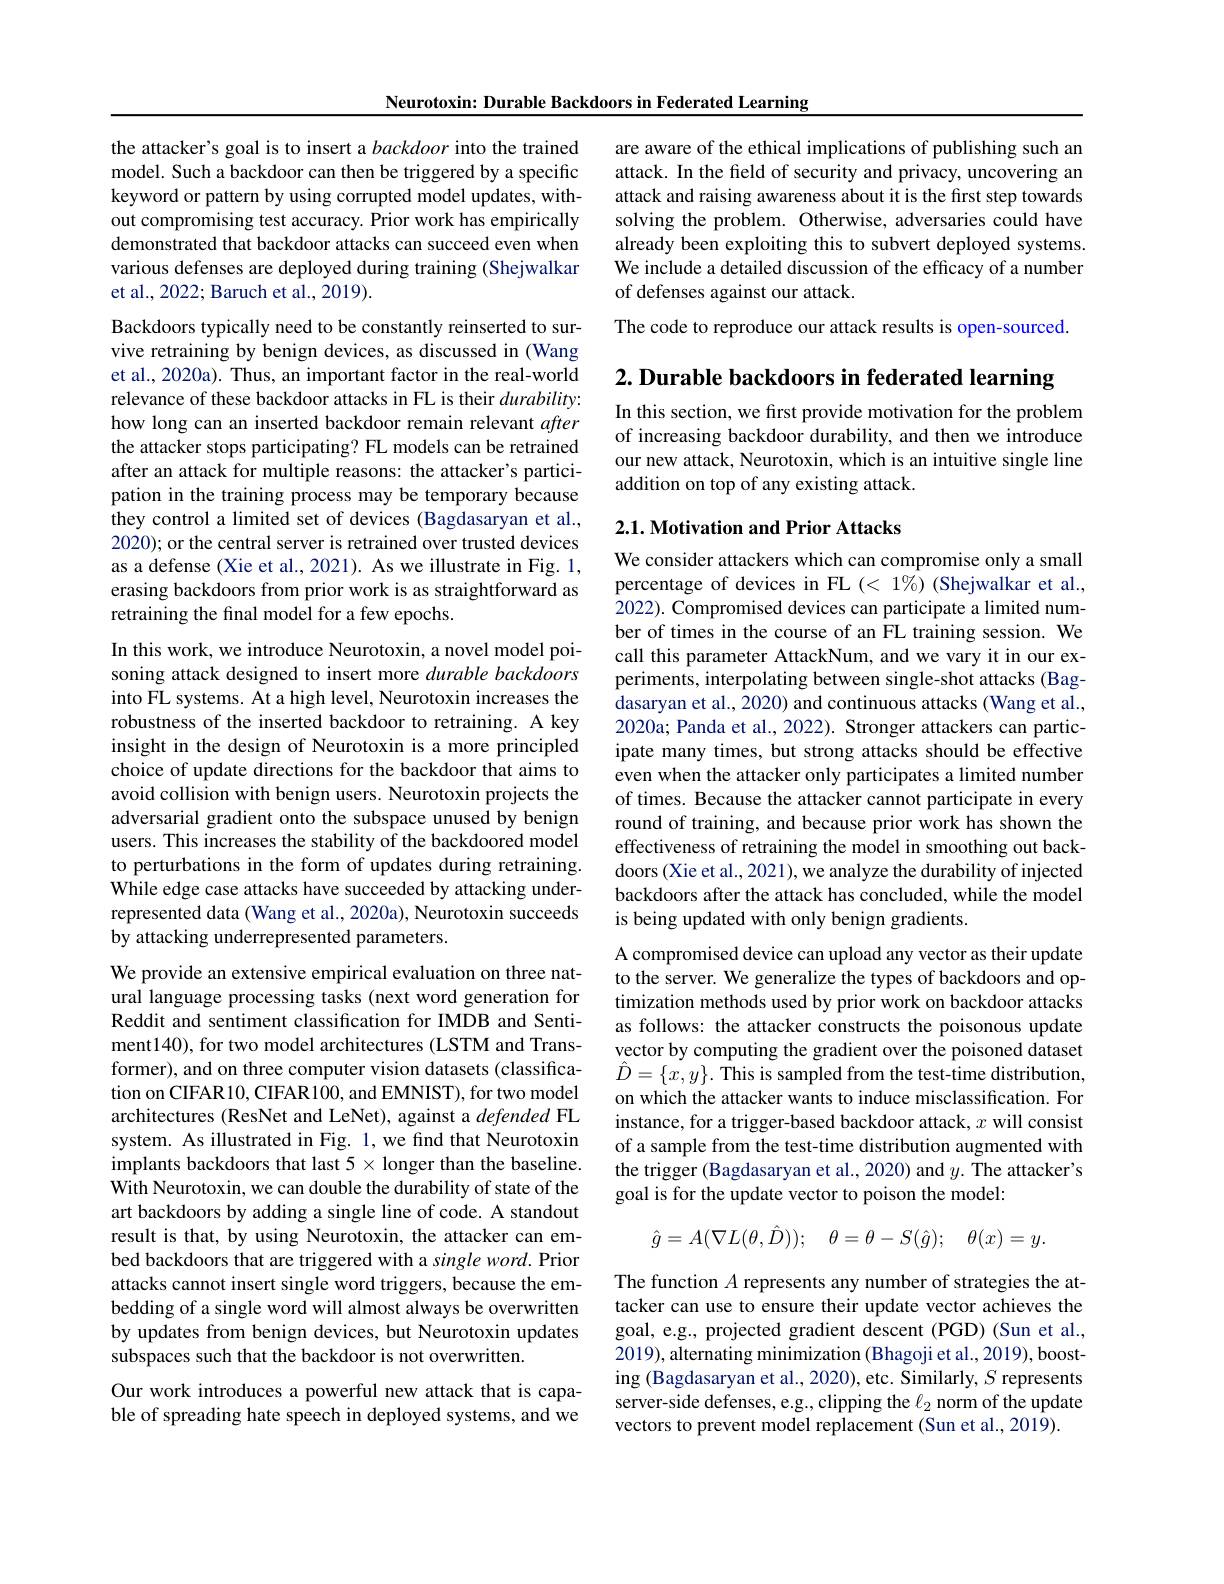
Neurotoxin: Durable Backdoors in Federated Learning

the attacker's goal is to insert a backdoor into the trained model. Such a backdoor can then be triggered by a specific keyword or pattern by using corrupted model updates, without compromising test accuracy. Prior work has empirically demonstrated that backdoor attacks can succeed even when various defenses are deployed during training (Shejwalkar et al., 2022; Baruch et al., 2019).

Backdoors typically need to be constantly reinserted to sur-

vive retraining by benign devices, as discussed in (Wang

et al., 2020a). Thus, an important factor in the real-world relevance of these backdoor attacks in FL is their $durability:$ how long can an inserted backdoor remain relevant after the attacker stops participating? FL models can be retrained after an attack for multiple reasons: the attacker's participation in the training process may be temporary because they control a limited set of devices (Bagdasaryan et al., 2020); or the central server is retrained over trusted devices as a defense (Xie et al., 2021). As we illustrate in Fig. 1, erasing backdoors from prior work is as straightforward as retraining the final model for a few epochs.
In this work, we introduce Neurotoxin, a novel model poisoning attack designed to insert more durable backdoors into FL systems. At a high level, Neurotoxin increases the robustness of the inserted backdoor to retraining. A key insight in the design of Neurotoxin is a more principled choice of update directions for the backdoor that aims to avoid collision with benign users. Neurotoxin projects the adversarial gradient onto the subspace unused by benign users. This increases the stability of the backdoored model to perturbations in the form of updates during retraining. While edge case attacks have succeeded by attacking underrepresented data (Wang et al., 2020a), Neurotoxin succeeds by attacking underrepresented parameters.
We provide an extensive empirical evaluation on three natural language processing tasks (next word generation for Reddit and sentiment classification for IMDB and Sentiment140), for two model architectures (LSTM and Transformer), and on three computer vision datasets (classification on CIFAR 10, CIFAR 100, and EMNIST), for two model architectures (ResNet and LeNet), against a defended FL system. As illustrated in Fig. 1, we find that Neurotoxin implants backdoors that last $5\times$ longer than the baseline. With Neurotoxin, we can double the durability of state of the

art backdoors by adding a single line of code. A standout result is that, by using Neurotoxin, the attacker can embed backdoors that are triggered with a single word. Prior attacks cannot insert single word triggers, because the embedding of a single word will almost always be overwritten by updates from benign devices, but Neurotoxin updates subspaces such that the backdoor is not overwritten.

Our work introduces a powerful new attack that is capable of spreading hate speech in deployed systems, and we

are aware of the ethical implications of publishing such an attack. In the field of security and privacy, uncovering an attack and raising awareness about it is the first step towards solving the problem. Otherwise, adversaries could have already been exploiting this to subvert deployed systems. We include a detailed discussion of the efficacy of a number of defenses against our attack.

The code to reproduce our attack results is open-sourced

$2. \textbf{ Durable backdoors in federated learning}$

In this section, we first provide motivation for the problem of increasing backdoor durability, and then we introduce our new attack, Neurotoxin, which is an intuitive single line addition on top of any existing attack.

## $2. 1. \textbf{Motivation and Prior Attacks}$

We consider attackers which can compromise only a small percentage of devices in FL $(<1\%)$ (Shejwalkar et al., 2022). Compromised devices can participate a limited number of times in the course of an FL training session. We call this parameter AttackNum, and we vary it in our experiments, interpolating between single-shot attacks (Bagdasaryan et al., 2020) and continuous attacks (Wang et al., 2020a; Panda et al., 2022). Stronger attackers can participate many times, but strong attacks should be effective even when the attacker only participates a limited number of times. Because the attacker cannot participate in every round of training, and because prior work has shown the effectiveness of retraining the model in smoothing out backdoors (Xie et al., 2021), we analyze the durability of injected backdoors after the attack has concluded, while the model is being updated with only benign gradients.

A compromised device can upload any vector as their update to the server. We generalize the types of backdoors and optimization methods used by prior work on backdoor attacks as follows: the attacker constructs the poisonous update vector by computing the gradient over the poisoned dataset $\hat{D}=\{x,y\}.$ This is sampled from the test-time distribution, on which the attacker wants to induce misclassification. For instance, for a trigger-based backdoor attack, $x$ will consist of a sample from the test-time distribution augmented with the trigger (Bagdasaryan et al.,2020) and $y.$ The attacker's goal is for the update vector to poison the model:
$$\hat{g}=A(\nabla L(\theta,\hat{D}));\quad\theta=\theta-S(\hat{g});\quad\theta(x)=y.$$
The function $A$ represents any number of strategies the attacker can use to ensure their update vector achieves the goal, e.g., projected gradient descent (PGD) (Sun et al., 2019), alternating minimization (Bhagoji et al., 2019), boosting (Bagdasaryan et al., 2020), etc. Similarly, $S$ represents server-side defenses, e.g., clipping the $\ell_2$ norm of the update vectors to prevent model replacement (Sun et al., 2019).